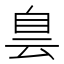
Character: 𦤆